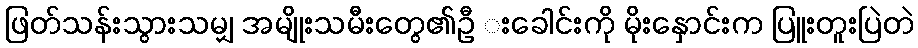
ဖြတ်သန်းသွားသမျှ အမျိုးသမီးတွေ၏ဦ းခေါင်းကို မိုးနှောင်းက ပြူးတူးပြဲတဲ